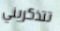
تتذكريني